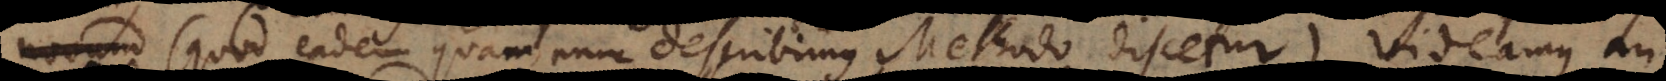
od eadem quam nunc describimus Methodo discetur), videamus an